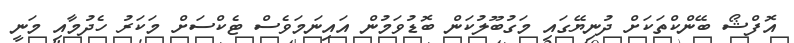
އޮފްޝޯ ބޭންކްތަކަށް ދުނިޔޭގައި މަގުބޫލުކަން ބޮޑުވަމުން އައިނަމަވެސް ޓެކްސަށް މަކަރު ހެދުމާއި މަނީ